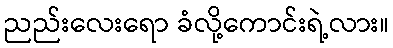
ညည်းလေးရော ခံလို့ကောင်းရဲ့လား။